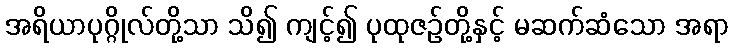
အရိယာပုဂ္ဂိုလ်တို့သာ သိ၍ ကျင့်၍ ပုထုဇဉ်တို့နှင့် မဆက်ဆံသော အရာ